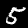
Label: 5